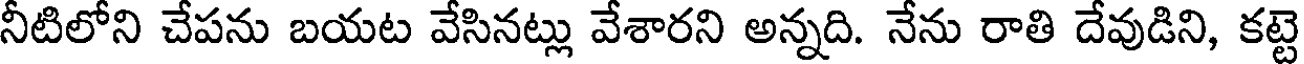
నీటిలోని చేపను బయట వేసినట్లు వేశారని అన్నది. నేను రాతి దేవుడిని, కట్టె